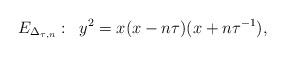
LaTeX: \begin{align*}E_{\Delta_{\tau, n}}: \;\;y^{2} = x(x - n \tau) (x + n \tau^{-1}),\end{align*}